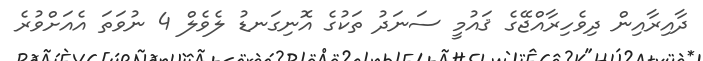
ދާއިރާއިން ދިވެހިރާއްޖޭގެ ޤައުމީ ސަނަދު ތަކުގެ އޮނިގަނޑު ލެވެލް 4 ނުވަތަ އެއަށްވުރެ